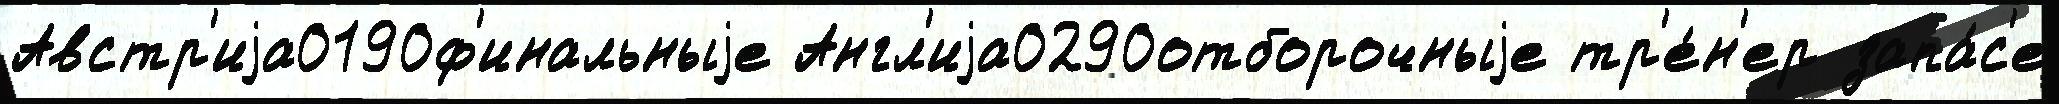
Австр'иjа0190ф'инальныjе Англ'иjа0290отборочныjе тр'е́н'ер запа́с'е